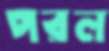
পরল